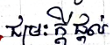
ជម្រះក្តីផ្តល់